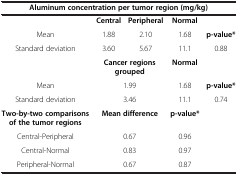
<table><thead><tr><td colspan="5"><b>Aluminum concentration per tumor region (mg/kg)</b></td></tr></thead><tbody><tr><td> </td><td><b>Central</b></td><td><b>Peripheral</b></td><td><b>Normal</b></td><td> </td></tr><tr><td>Mean</td><td>1.88</td><td>2.10</td><td>1.68</td><td><b>p-value*</b></td></tr><tr><td>Standard deviation</td><td>3.60</td><td>5.67</td><td>11.1</td><td>0.88</td></tr><tr><td> </td><td colspan="2"><b>Cancer regions grouped</b></td><td><b>Normal</b></td><td> </td></tr><tr><td>Mean</td><td colspan="2">1.99</td><td>1.68</td><td><b>p-value*</b></td></tr><tr><td>Standard deviation</td><td colspan="2">3.46</td><td>11.1</td><td>0.74</td></tr><tr><td><b>Two-by-two comparisons of the tumor regions</b></td><td colspan="2"><b>Mean difference</b></td><td><b>p-value*</b></td><td> </td></tr><tr><td>Central-Peripheral</td><td colspan="2">0.67</td><td>0.96</td><td> </td></tr><tr><td>Central-Normal</td><td colspan="2">0.83</td><td>0.97</td><td> </td></tr><tr><td>Peripheral-Normal</td><td colspan="2">0.67</td><td>0.87</td><td> </td></tr></tbody></table>